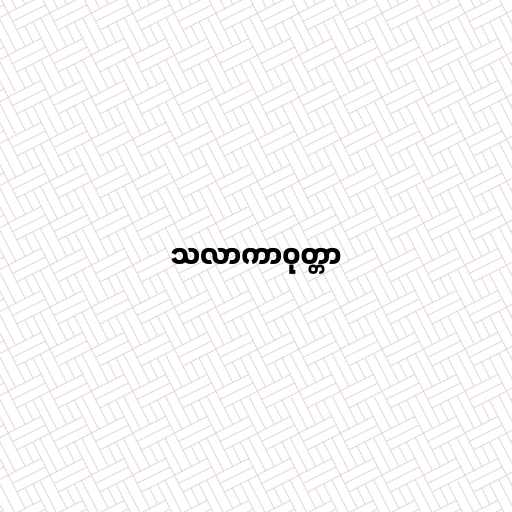
သလာကာဝုတ္တာ